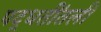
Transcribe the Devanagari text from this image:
पद्धतींतली